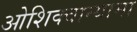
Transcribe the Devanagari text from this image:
ओशिक्वान्यामा